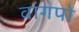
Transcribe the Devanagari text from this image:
वांगपो